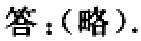
答：（略）.